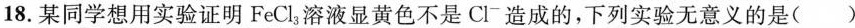
18.某同学想用实验证明FeCl_{3}溶液显黄色不是Cl造成的，下列实验无意义的是()